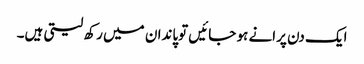
ایک دن پرانے ہو جائیں توپاندان میں رکھ لیتی ہیں۔